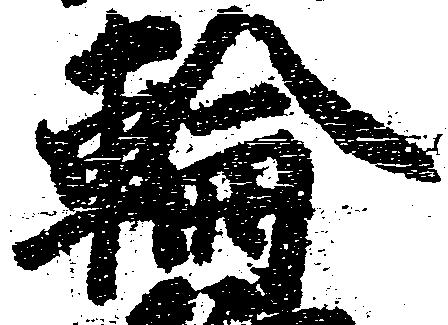
輪